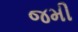
જમી